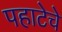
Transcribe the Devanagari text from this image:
पहाटेचे